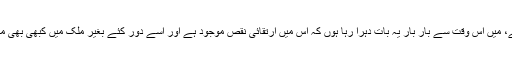
قارئین کو یاد ہوگا کہ 2009ء میں جب سے این ایف سی ایوارڈ تشکیل پایا ہے، میں اس وقت سے بار بار یہ بات دہرا رہا ہوں کہ اس میں ارتقائی نقص موجود ہے اور اسے دور کئے بغیر ملک میں کبھی بھی مالی انضباط قائم نہیں کیا جاسکتا یا معیشت کلاں میں استحکام نہیں لایا جاسکتا۔